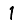
Digit: 1